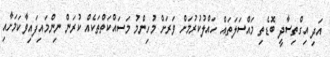
އަދި އިގްތިސާދީ ބޮޑެތި މައްސަލަތައް ހައްލުކުރުމަށް ވަރަށް މުހިންމު މަސައްކަތްތަކެއް ކުރަން ނިންމައިފައިވާކަމަށާއި